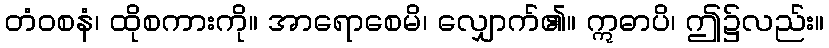
တံဝစနံ၊ ထိုစကားကို။ အာရောစေမိ၊ လျှောက်၏။ ဣဓာပိ၊ ဤ၌လည်း။